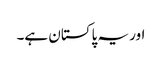
اور یہ پاکستان ہے۔